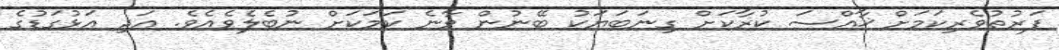
ފަރުތުވެރިކަމަށް ޚާއްސަ ކުރާކަށް ގިނަބަޔަކު ބޭނުން ވާނެ ކަމަކަށް ނުބެލެވެއެވެ. އަދި އަޅުގަޑުގެ